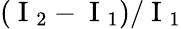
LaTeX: (\mathrm{~I~}_{2}-\mathrm{~I~}_{1})/\mathrm{~I~}_{1}